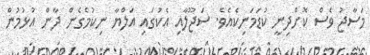
މަސާޖު ވެސް ކޮށްދިނީ ކުޑަމަނިކެއެވެ. ސަޖޫލާއި އެކުގައި އަލްޔާ ނިކުމެގެން ދާން އުޅުމުން